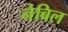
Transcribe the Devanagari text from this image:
नेबिल